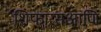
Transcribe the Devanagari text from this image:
शिफारसआणि